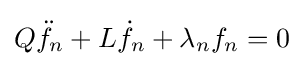
Q{\ddot {f}}_{n}+L{\dot {f}}_{n}+\lambda _{n}f_{n}=0